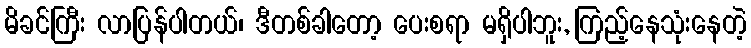
မိခင်ကြီး လာပြန်ပါတယ်၊ ဒီတစ်ခါတော့ ပေးစရာ မရှိပါဘူး, ကြည့်နေသုံးနေတဲ့